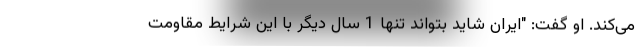
می‌کند. او گفت: "ایران شاید بتواند تنها 1 سال دیگر با این شرایط مقاومت